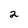
Character: 2